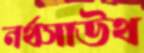
নর্থসাউথ